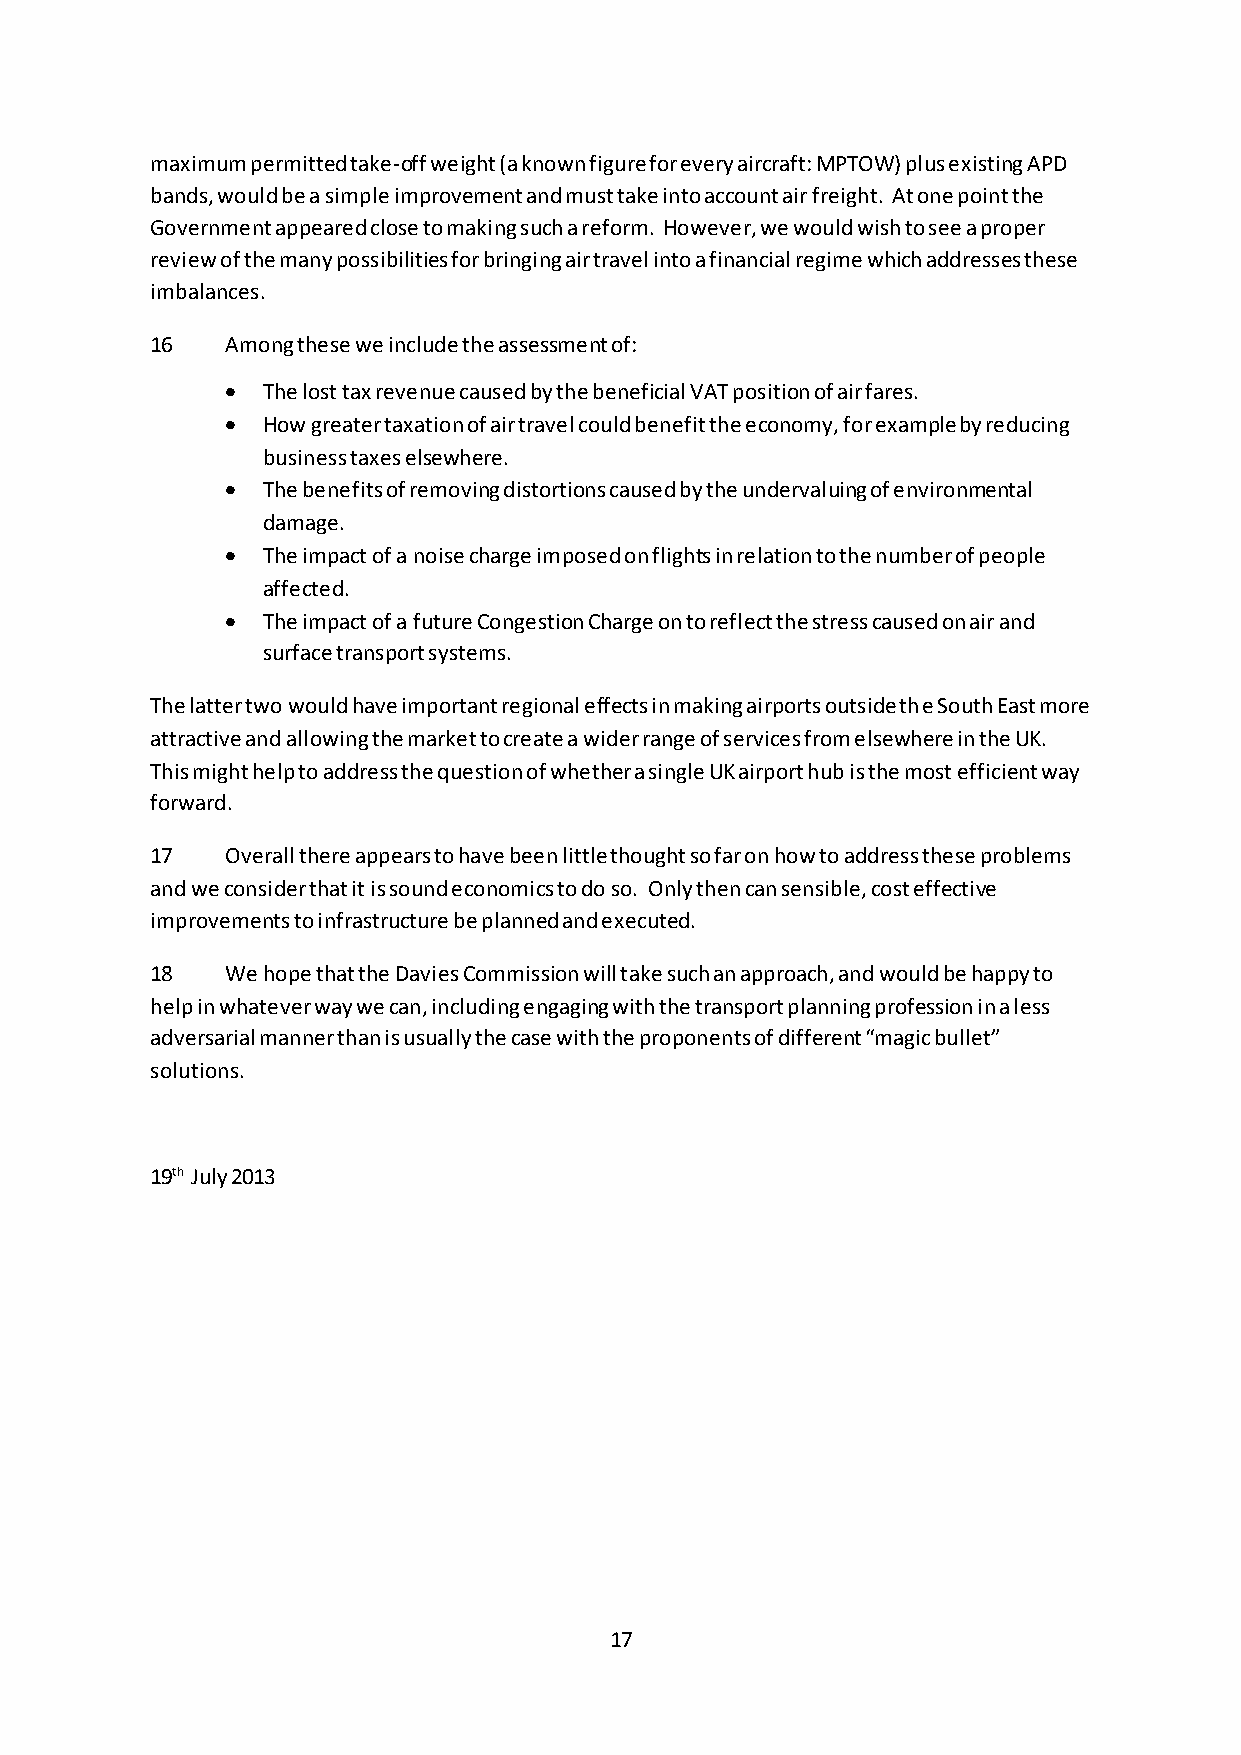
maximum permitted take-off weight (a known figure for every aircraft: MPTOW) plus existing APD
 bands, would be a simple improvement and must take into account air freight. At one point the
 Government appeared close to making such a reform. However, we would wish to see a proper
 review of the many possibilities for bringing air travel into a financial regime which addresses these
 imbalances.
 16   Among these we include the assessment of:
  The lost tax revenue caused by the beneficial VAT position of air fares.
  How greater taxation of air travel could benefit the economy, for example by reducing
 business taxes elsewhere.
  The benefits of removing distortions caused by the undervaluing of environmental
 damage.
  The impact of a noise charge imposed on flights in relation to the number of people
 affected.
  The impact of a future Congestion Charge on to reflect the stress caused on air and
 surface transport systems.
 The latter two would have important regional effects in making airports outside the South East more
 attractive and allowing the market to create a wider range of services from elsewhere in the UK.
 This might help to address the question of whether a single UK airport hub is the most efficient way
 forward.
 17   Overall there appears to have been little thought so far on how to address these problems
 and we consider that it is sound economics to do so. Only then can sensible, cost effective
 improvements to infrastructure be planned and executed.
 18   We hope that the Davies Commission will take such an approach, and would be happy to
 help in whatever way we can, including engaging with the transport planning profession in a less
 adversarial manner than is usually the case with the proponents of different “magic bullet”
 solutions.
 19th July 2013
 17